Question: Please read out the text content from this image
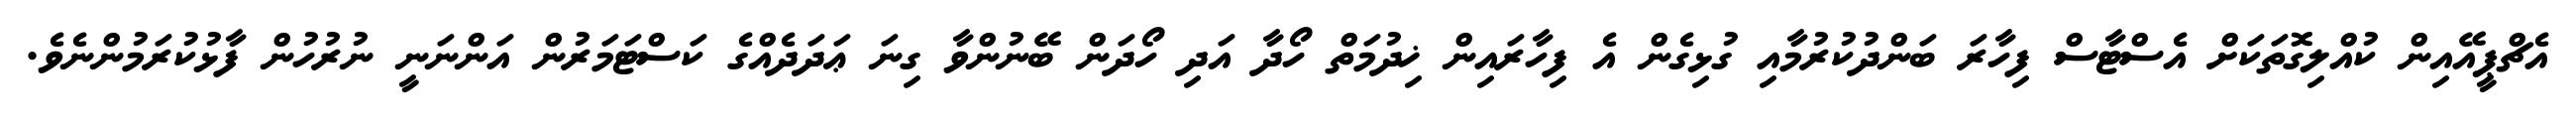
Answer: އެޗްޕީއޭއިން ކުއްލިގޮތަކަށް އެސްޓާސް ފިހާރަ ބަންދުކުރުމާއި ގުޅިގެން އެ ފިހާރައިން ޚިދުމަތް ހޯދާ އަދި ހޯދަން ބޭނުންވާ ގިނަ ޢަދަދެއްގެ ކަސްޓަމަރުން އަންނަނީ ނުރުހުން ފާޅުކުރަމުންނެވެ.